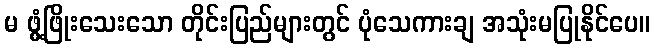
မ ဖွံ့ဖြိုးသေးသော တိုင်းပြည်များတွင် ပုံသေကားချ အသုံးမပြုနိုင်ပေ။